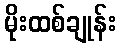
မိုးထစ်ချုန်း